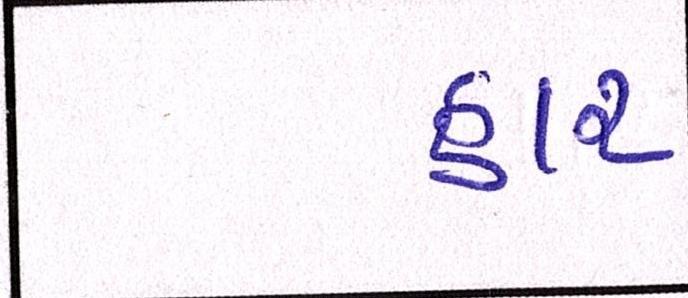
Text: હાર